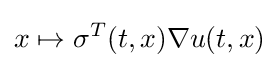
x\mapsto \sigma ^{T}(t,x)\nabla u(t,x)